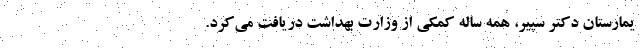
یمارستان دکتر سپیر، همه ساله کمکی از وزارت بهداشت دریافت می‌کرد.